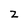
Character: z